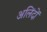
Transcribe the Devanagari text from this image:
अलिंदों